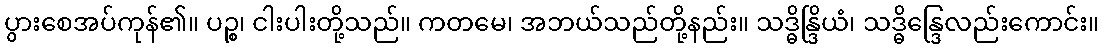
ပွားစေအပ်ကုန်၏။ ပဉ္စ၊ ငါးပါးတို့သည်။ ကတမေ၊ အဘယ်သည်တို့နည်း။ သဒ္ဓိန္ဒြိယံ၊ သဒ္ဓိန္ဒြေလည်းကောင်း။